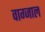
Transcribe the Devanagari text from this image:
वाग्जाल